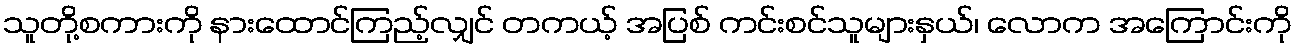
သူတို့စကားကို နားထောင်ကြည့်လျှင် တကယ့် အပြစ် ကင်းစင်သူများနှယ်၊ လောက အကြောင်းကို